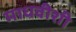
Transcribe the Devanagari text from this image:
माधवीशी